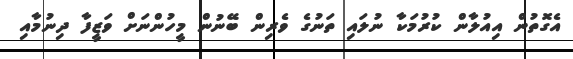
އެގޮތުން އިއުލާން ކުރުމަކާ ނުލައި ތަނުގެ ވެރިން ބޭނުން މީހުންނަށް ވަޒީފާ ދިނުމާއި